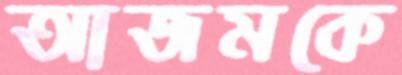
আজমকে